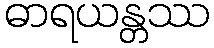
ဓာရယန္တဿ